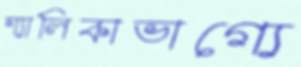
শ্যালিকাভাগ্যে